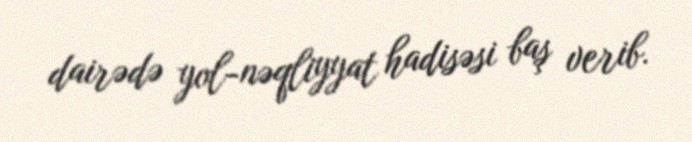
dairədə yol-nəqliyyat hadisəsi baş verib.